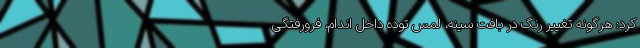
کرد: هرگونه تغییر رنگ در بافت سینه، لمس توده داخل اندام، فرورفتگی